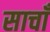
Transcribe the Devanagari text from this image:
साचाँ